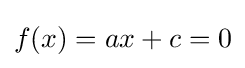
f(x)=ax+c=0